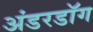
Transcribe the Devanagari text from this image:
अंडरडाॅग